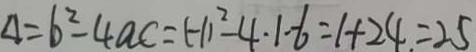
\Delta = b ^ { 2 } - 4 a c = ( - 1 ) ^ { 2 } - 4 \cdot 1 - 6 = 1 + 2 4 = 2 5